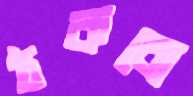
ঠকবো